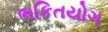
ભકિતયોગ